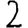
Digit: 2